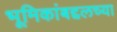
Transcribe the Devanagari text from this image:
भूमिकांबद्दलच्या